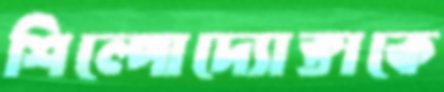
শিল্পোদ্যোক্তাকে